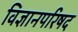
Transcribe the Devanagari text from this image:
विज्ञानपरिषद